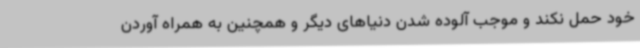
خود حمل نکند و موجب آلوده شدن دنیاهای دیگر و همچنین به همراه آوردن